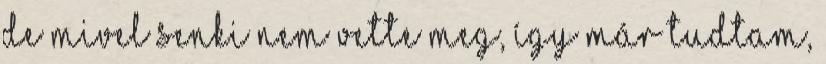
de mivel senki nem vette meg, így már tudtam,